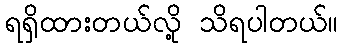
ရရှိထားတယ်လို့ သိရပါတယ်။